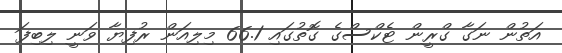
އަތުން ނަގާ ގްރީން ޓެކްސްގެ ގޮތުގައި 66.1 މިލިއަން ރުފިޔާ ވަނީ ލިބިފަ